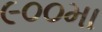
૯૦૦મા